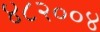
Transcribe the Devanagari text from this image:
४८२००४